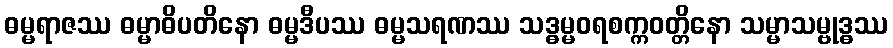
ဓမ္မရာဇဿ ဓမ္မာဓိပတိနော ဓမ္မဒီပဿ ဓမ္မသရဏဿ သဒ္ဓမ္မဝရစက္ကဝတ္တိနော သမ္မာသမ္ဗုဒ္ဓဿ